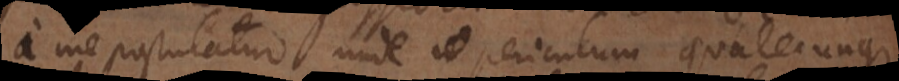
a me postulatur, unde periculum qualecunque